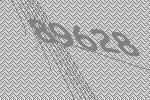
89628